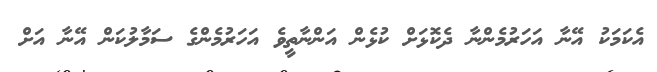
އެކަމަކު އޭނާ އަހަރުމެންނާ ދެކޮޅަށް ކުޅެން އަންނާތީވެ އަހަރުމެންގެ ސަމާލުކަން އޭނާ އަށް